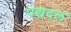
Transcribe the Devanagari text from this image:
पद्यदल